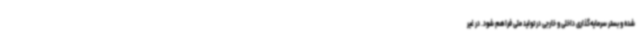
شده و بستر سرمایه‌گذاری داخلی و خارجی در تولید ملی فراهم شود. در غیر